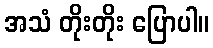
အသံ တိုးတိုး ပြောပါ။